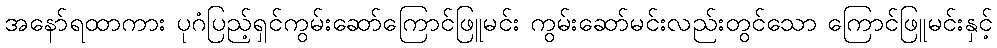
အနော်ရထာကား ပုဂံပြည့်ရှင်ကွမ်းဆော်ကြောင်ဖြူမင်း ကွမ်းဆော်မင်းလည်းတွင်သော ကြောင်ဖြူမင်းနှင့်